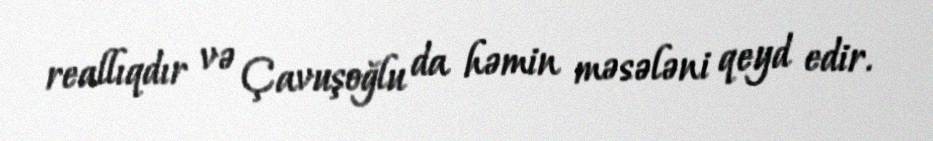
reallıqdır və Çavuşoğlu da həmin məsələni qeyd edir.